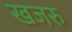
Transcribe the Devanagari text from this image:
खजरु